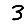
Digit: 3